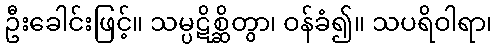
ဦးခေါင်းဖြင့်။ သမ္ပဋိစ္ဆိတွာ၊ ဝန်ခံ၍။ သပရိဝါရာ၊